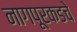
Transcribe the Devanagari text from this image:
नागपूरकडचे